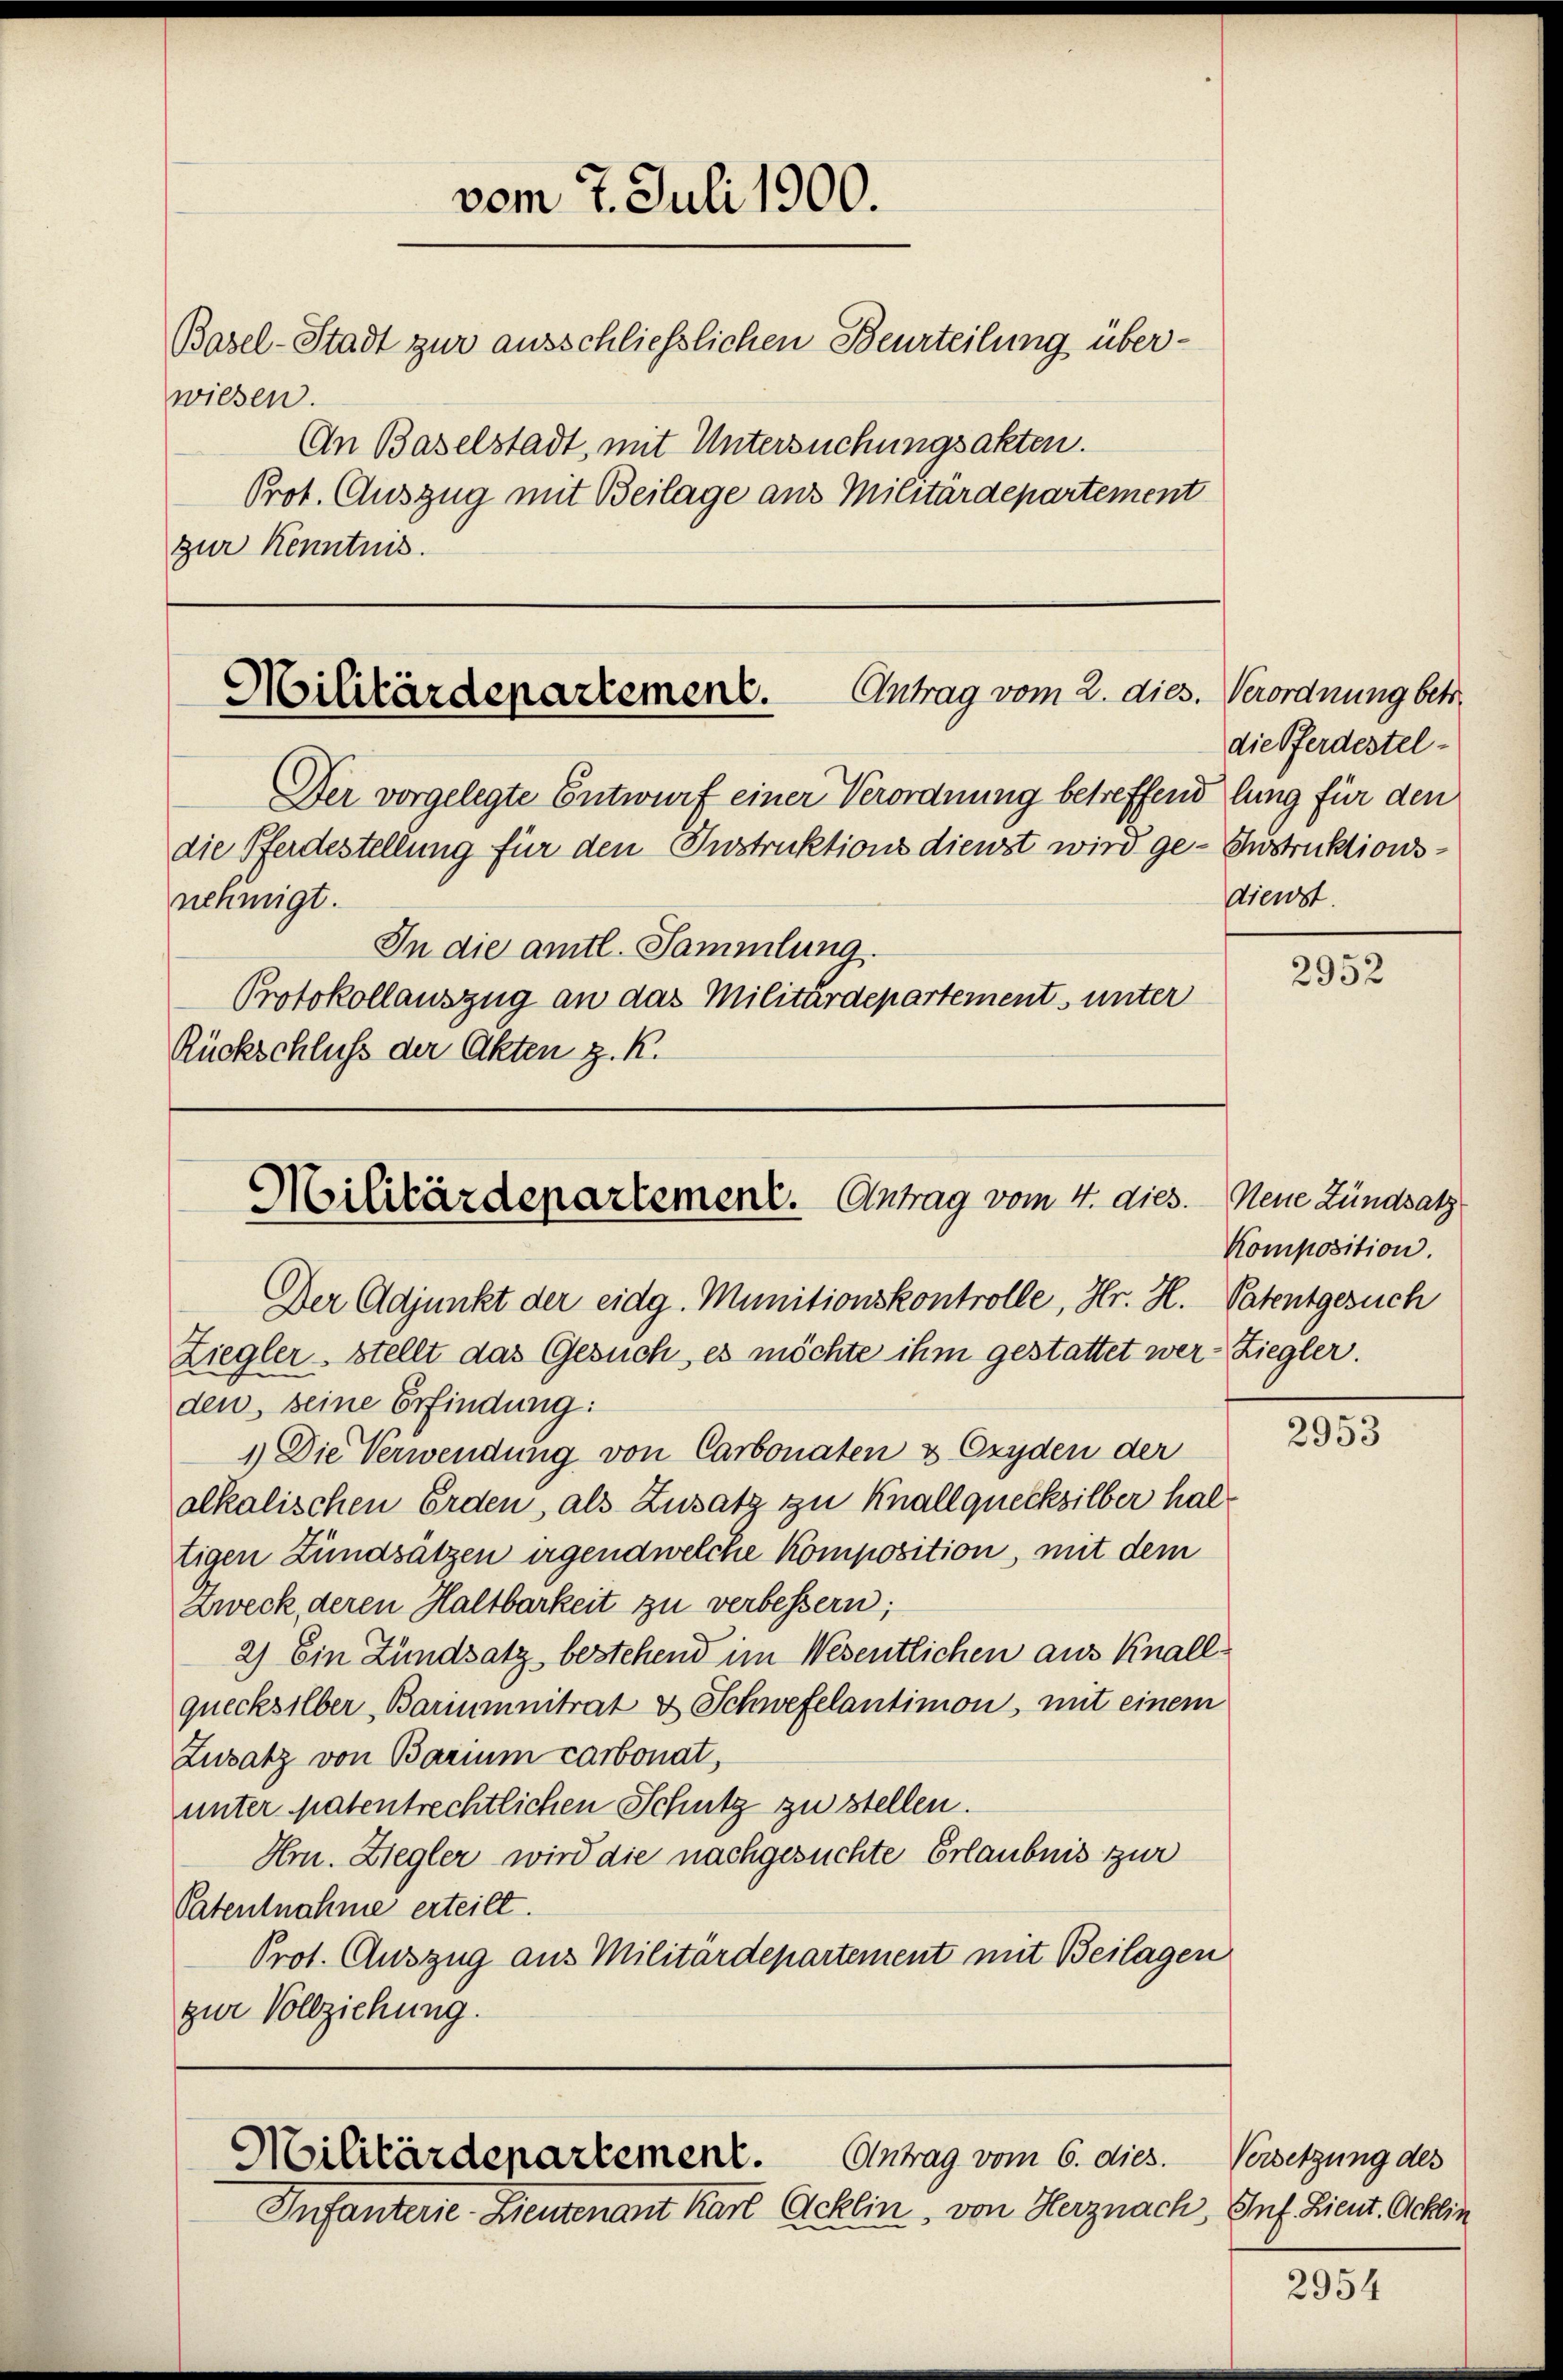
wiesen.

vom 7. Juli 1900.
Basel-Stadt zur ausschließlichen Beurteilung über-
An Baselstadt, mit Untersuchungsakten.
Prot. Auszug mit Beilage aus Militärdepartement
zur Kenntnis.

Antrag vom 2. dies. Verordnung betr.
Militärdepartement.
Der vorgelegte Entwurf einer Verordnung betreffend lung für den

Militärdepartement. Antrag vom 4. dies. Neue Zündsatz

nehmigt.
In die amtl. Sammlung.
Protokollauszug an das Militärdepartement unter
Rückschluß der Akten z. K.

die Pferdestellung für den Instruktions dienst wird ge- Instruktions¬

Antrag vom 6. dies.
Militärdepartement.
Infanterie-Lieutenant Karl Acklin, von Herznach

Der Adjunkt der eidg. Munitionskontrolle, Hr. H. Patentgesuch
Ziegler - stellt das Gesuch, es möchte ihm gestattet wer-Ziegler.
den, seine Erfindung:
1.) Die Verwendung von Carbonaten & Oxyden der
alkalischen Erden, als Zusatz zu Knallquecksilber haltigen Hundsätzen irgendwelche Komposition, mit dem
Zweck, deren Haltbarkeit zu verbessern;
2) Ein Hundsatz bestehend im Wesentlichen aus Knall
quecksilber Bariumnitrat & Schwefelantimon, mit einem
Zusatz von Barium carbonat,
unter patentrechtlichen Schutz zu stellen.
Hm. Ziegler wird die nachgesuchte Erlaubnis zur
Patentnahme erteilt.
Prot. Auszug aus Militärdepartement mit Beilagen
zur Vollziehung.

die Pferdesteldienst.

2952

Komposition.

2953

Versetzung des
Inf. Lieut. Acklin

2954